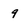
Character: 9